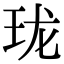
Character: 珑